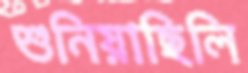
শুনিয়াছিলি